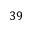
3 9